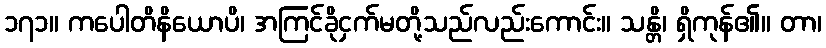
၁၇၁။ ကပေါတိနိယောပိ၊ အကြင်ခိုငှက်မတို့သည်လည်းကောင်း။ သန္တိ၊ ရှိကုန်၏။ တာ၊